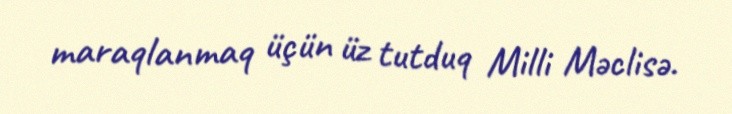
maraqlanmaq üçün üz tutduq Milli Məclisə.